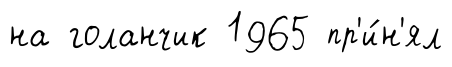
на голанчик 1965 пр'и́н'ял